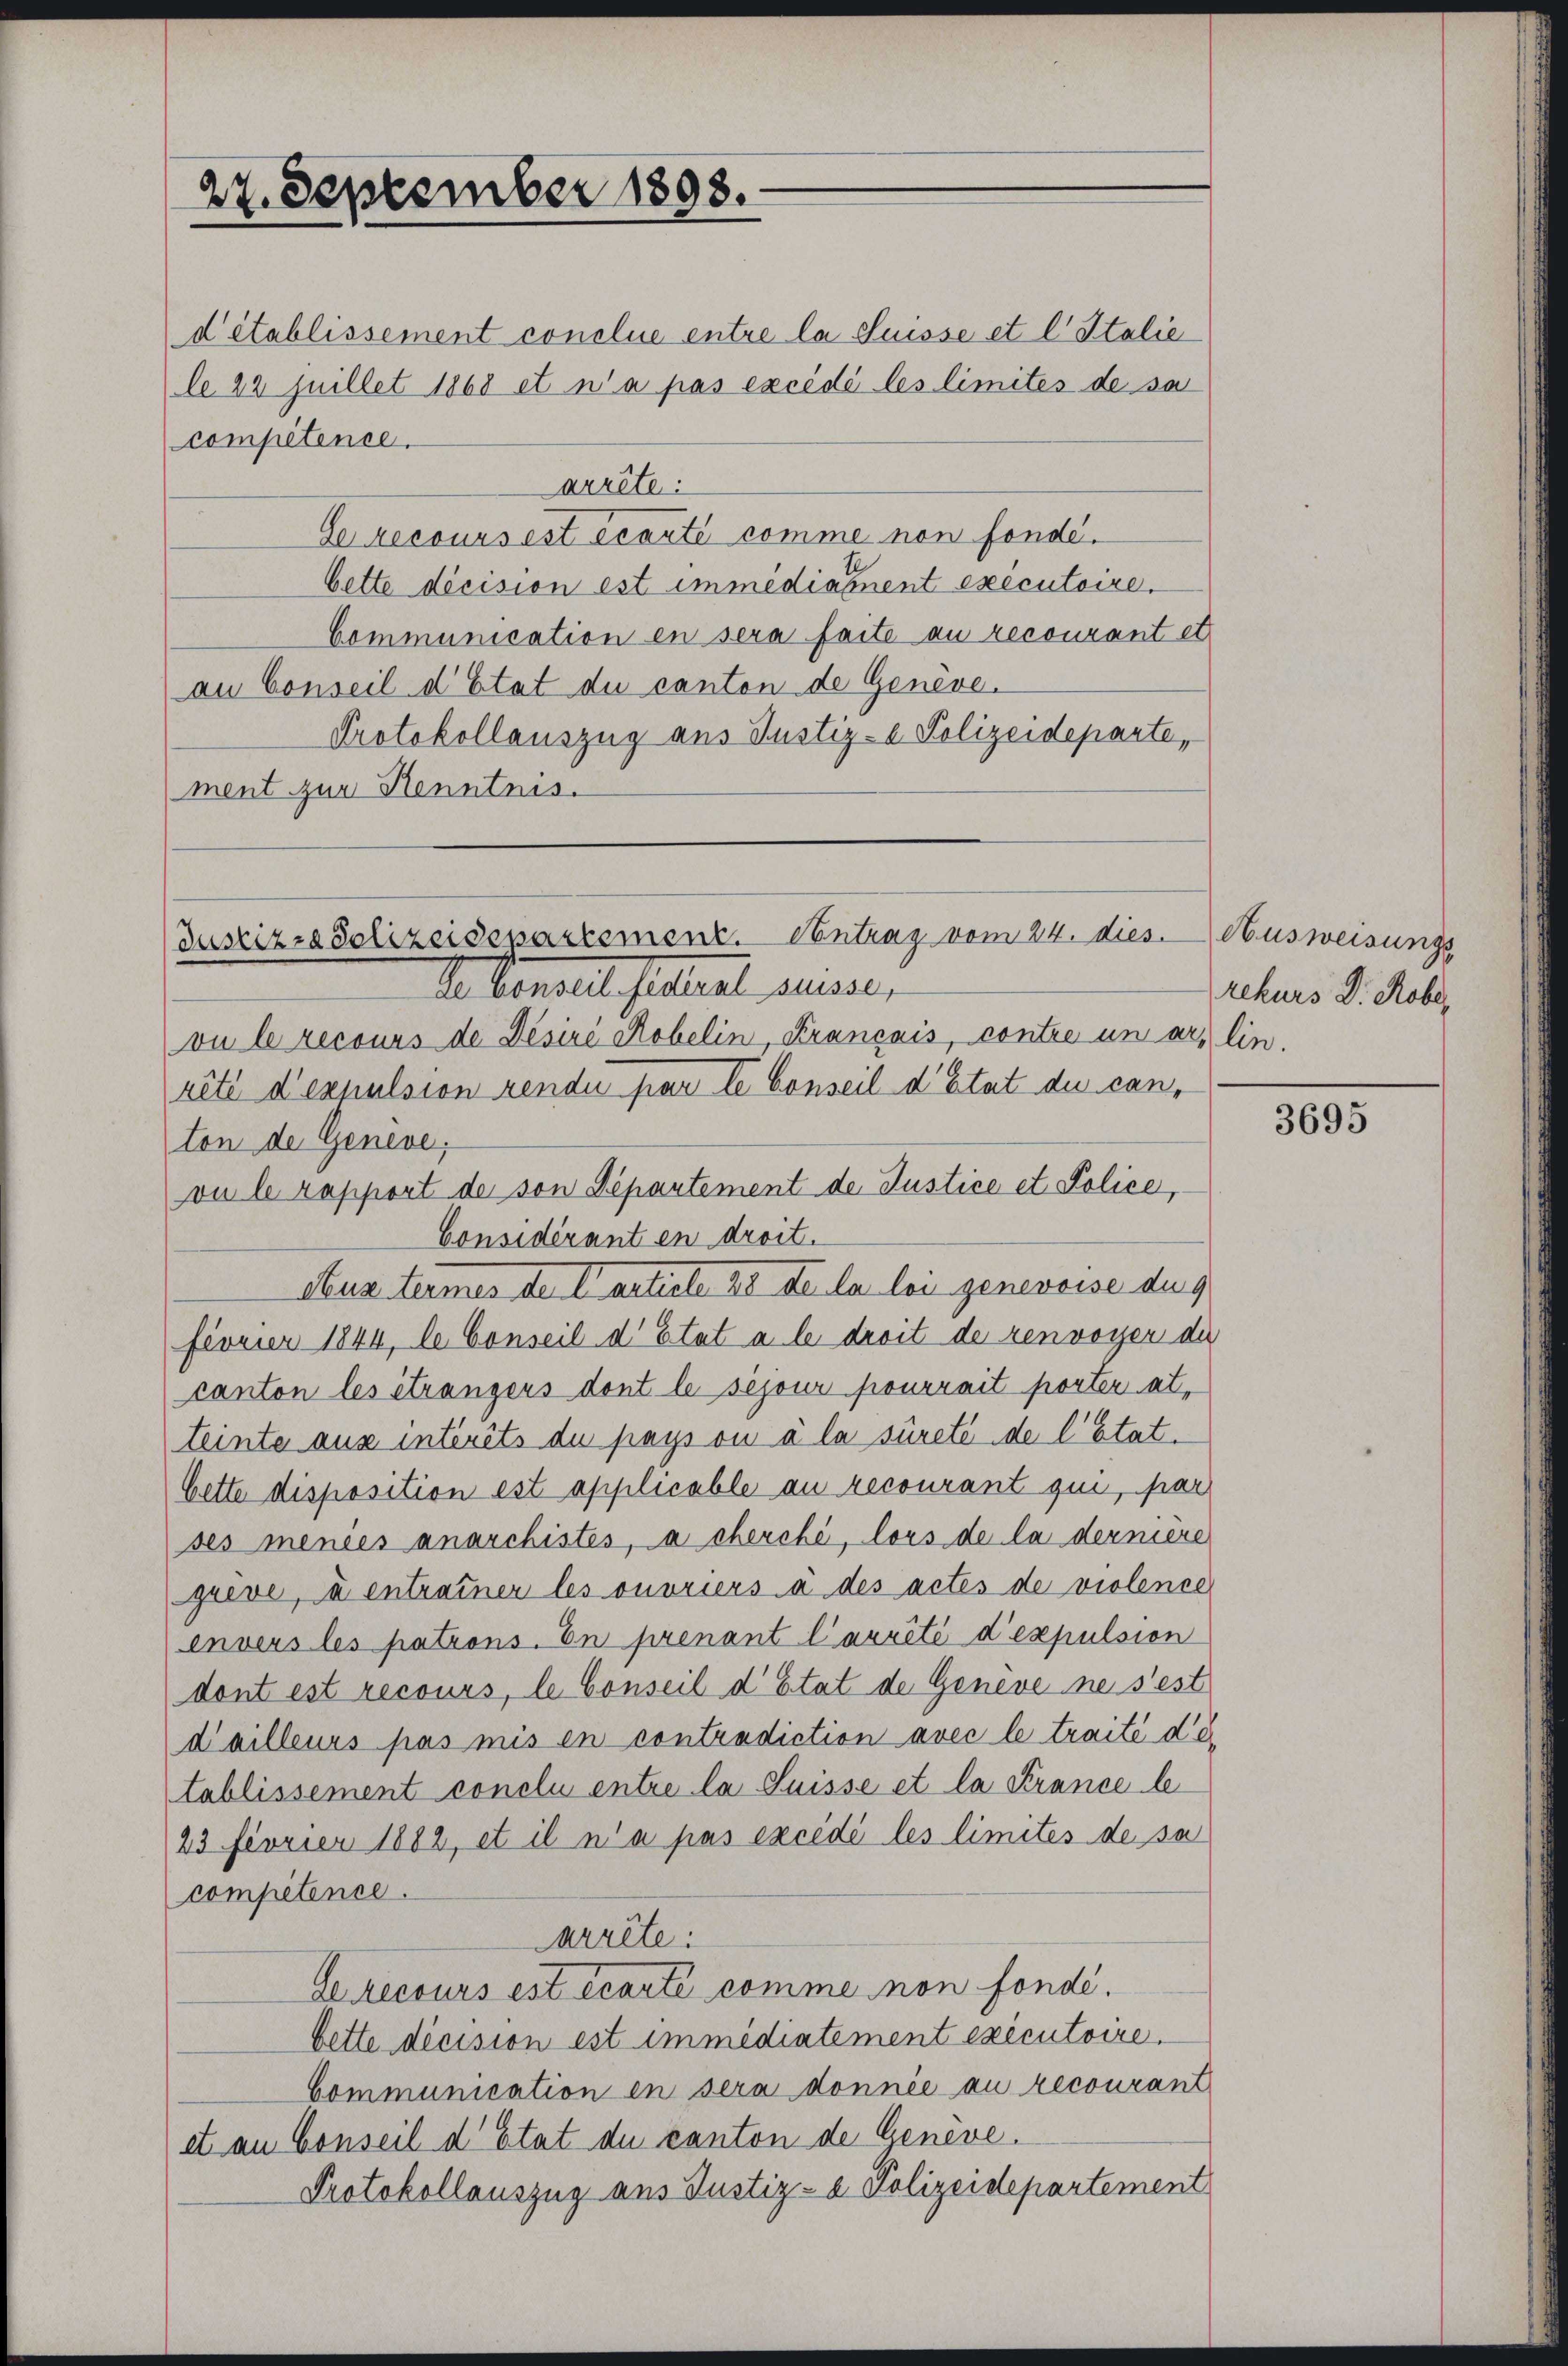
d’établissement conclue entre la Suisse et l Italie
le 22 Juillet 1868 et n’a pas excédé les limités de sa
compétence.
arrête:
Se recoursest écauté comme non fonde.
bette dicision est immédiatent exécutoire.
Communication en sera faite an recourant et
an Conseil d’Etat du canton de Genève.
Protokollauszug aus Justiz- & Polizeideparte,
ment zur Kenntnis.

27. September 1898.

Justizza Polizeidepartement. Contrag vom 24. dies. Ausweisungs
de Canals Petent ausge

vu le recours de Desine Robelin, Français, contre unar lin.
reté d’expulsion rende par le Conseil d’Etat du can-
ton der Genève,
vu le rapport der von Departement de Justice et Police,
Considérant en droit.
deus termes de larticle 28 de la loi geneweise du g
feorier 1844, de Conseil d’Etat a le droit de renvoyer die
canton les étrangers dont le séjour pourrait porter atteinte aus intérêts du pays ou à la süreté de l’Etatbette disposition est applicable an recourant qui, par
ses menies anarchistes, a cherche, lors de la dernière
grevé, à entrainer les ouvriers a des actes de violence
envers les patrons. En prenant Carrité d’espulsion
dont est recours, le Conseil d’Etat de Geneve ne s’est
d’ailleurs pas mis en contradiction avec le traite de
tablissement conclu entre la Suisse et la Krance le
23 Fevrier 1882, et il n’a pas excédé les limités de se
competence.
Carrête:
Le recours est écarte comme non fonde.
bette dicision est immédiatement executoire.
Communication en sera donnée au recourant
et an Conseil d’Etat du canton de Genève.
Protokollauszug aus Justiz- & Polizeidepartement

rekurs Dr. Rober

3695